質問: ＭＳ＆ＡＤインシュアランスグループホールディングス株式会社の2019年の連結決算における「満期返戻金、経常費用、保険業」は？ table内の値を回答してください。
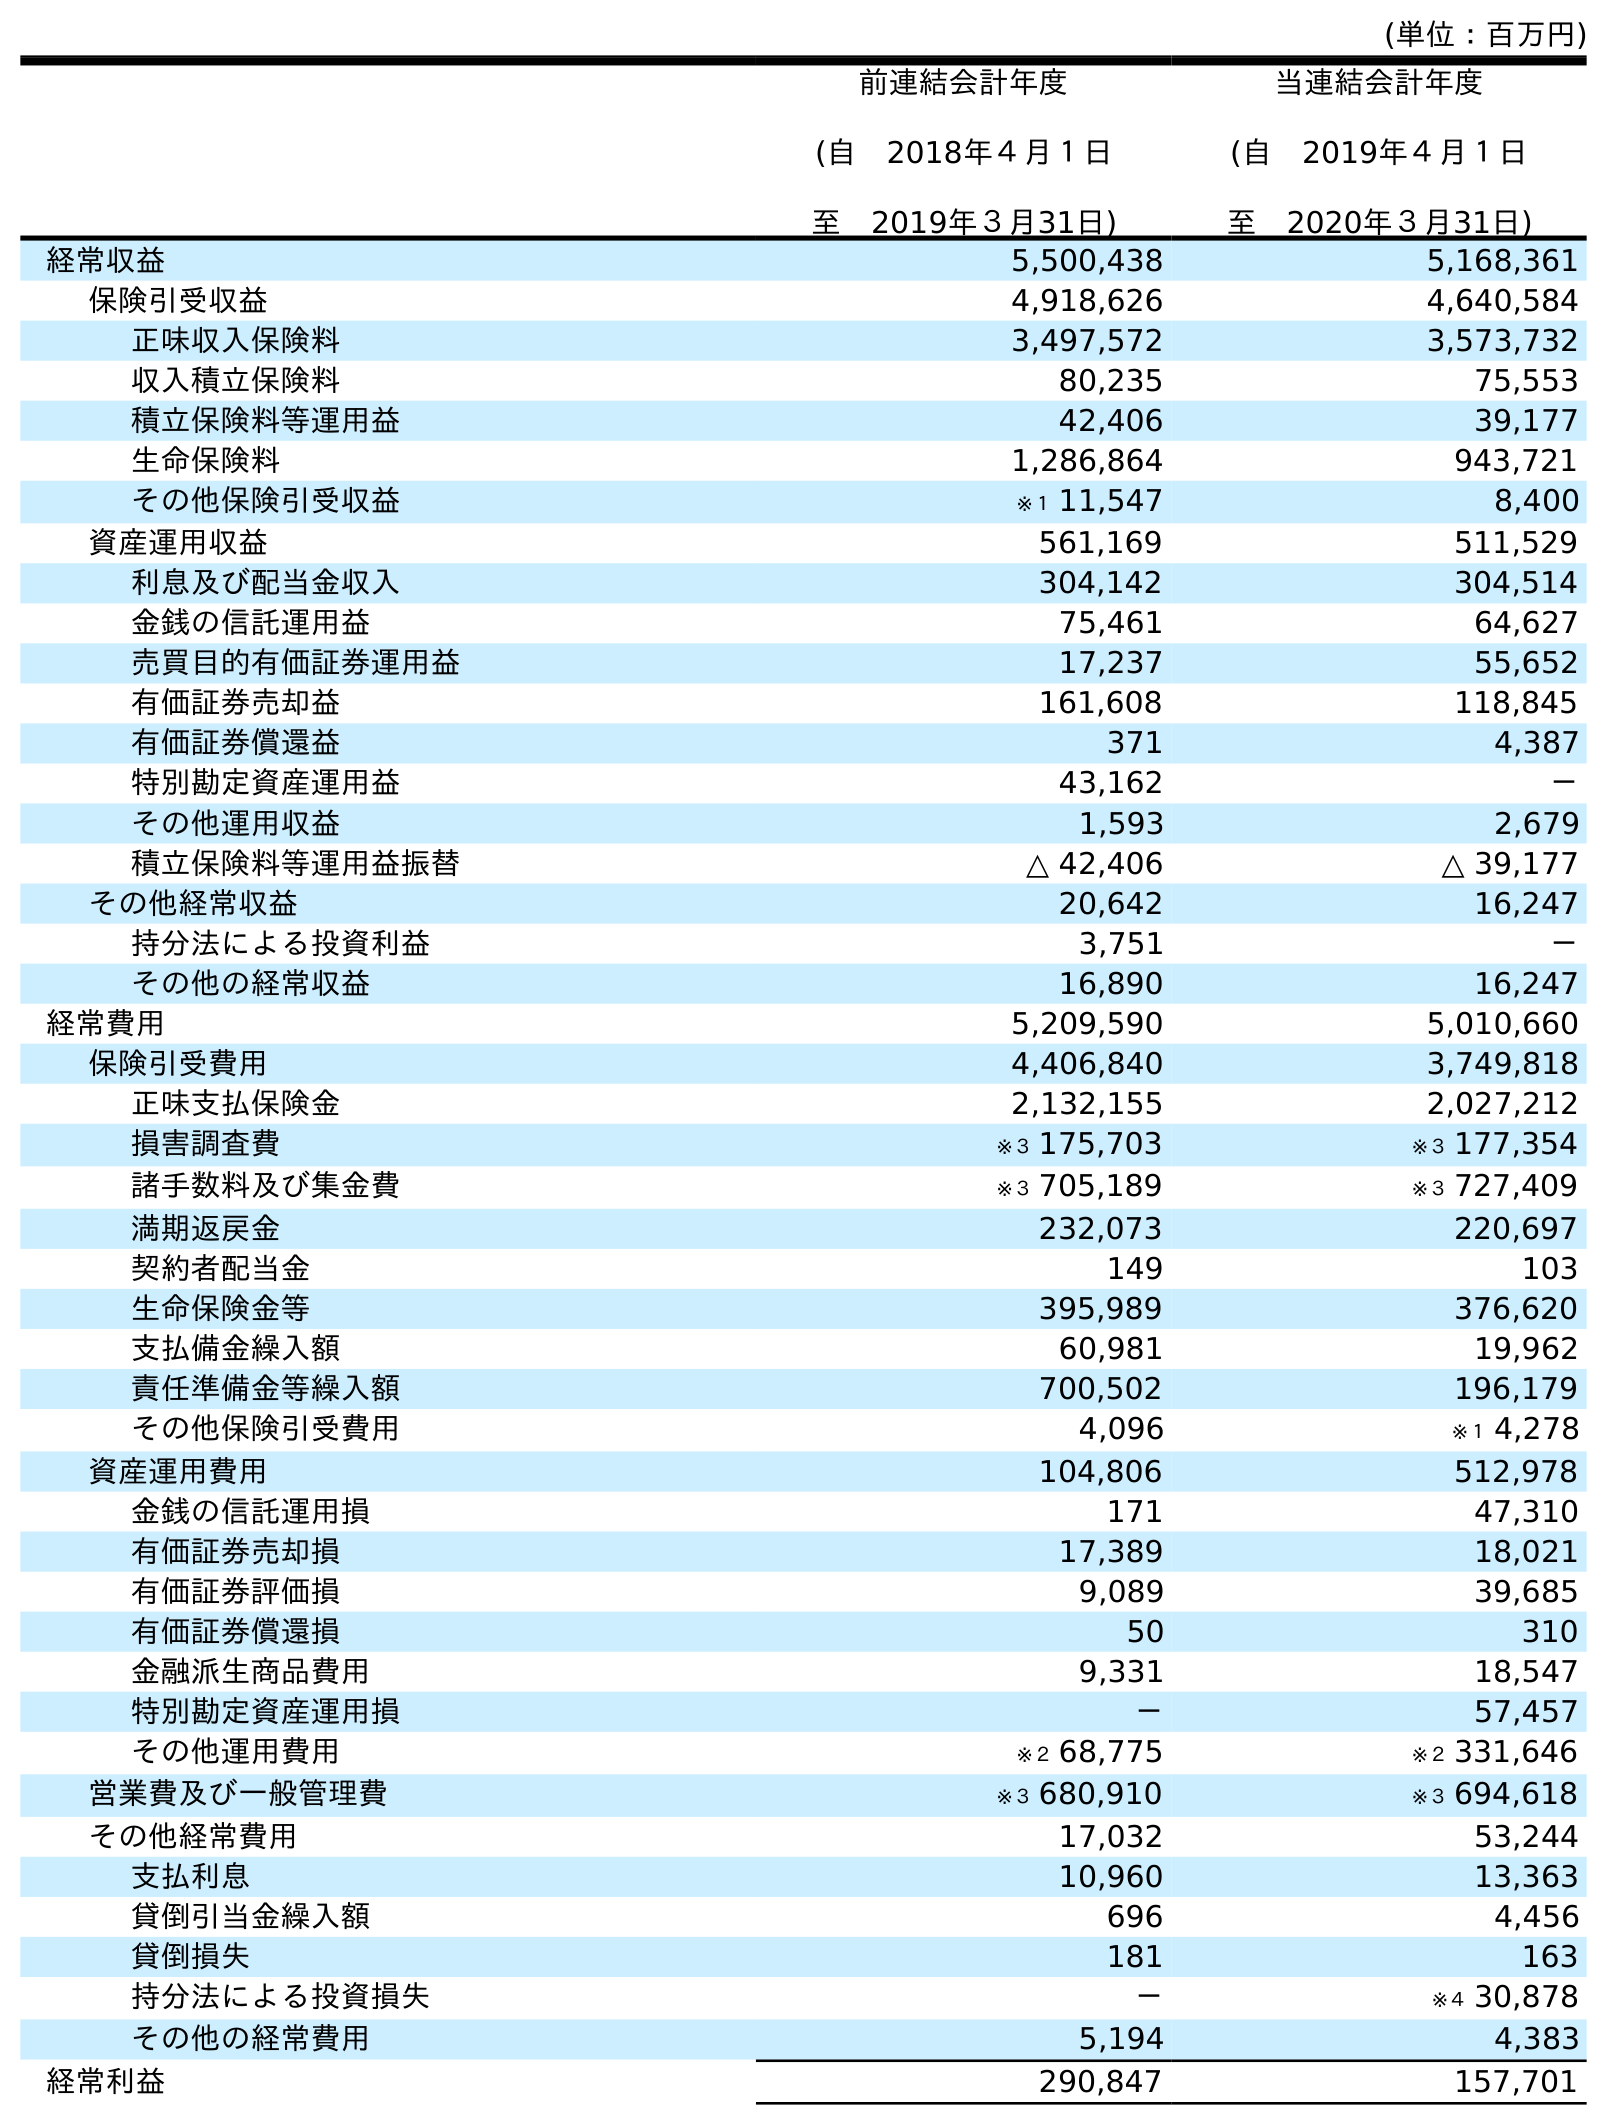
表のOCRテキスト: (単位：百万円) 前連結会計年度 (自 2018年４月１日 至 2019年３月31日) 当連結会計年度 (自 2019年４月１日 至 2020年３月31日) 経常収益 5,500,438 5,168,361 保険引受収益 4,918,626 4,640,584 正味収入保険料 3,497,572 3,573,732 収入積立保険料 80,235 75,553 積立保険料等運用益 42,406 39,177 生命保険料 1,286,864 943,721 その他保険引受収益 ※１ 11,547 8,400 資産運用収益 561,169 511,529 利息及び配当金収入 304,142 304,514 金銭の信託運用益 75,461 64,627 売買目的有価証券運用益 17,237 55,652 有価証券売却益 161,608 118,845 有価証券償還益 371 4,387 特別勘定資産運用益 43,162 － その他運用収益 1,593 2,679 積立保険料等運用益振替 △ 42,406 △ 39,177 その他経常収益 20,642 16,247 持分法による投資利益 3,751 － その他の経常収益 16,890 16,247 経常費用 5,209,590 5,010,660 保険引受費用 4,406,840 3,749,818 正味支払保険金 2,132,155 2,027,212 損害調査費 ※３ 175,703 ※３ 177,354 諸手数料及び集金費 ※３ 705,189 ※３ 727,409 満期返戻金 232,073 220,697 契約者配当金 149 103 生命保険金等 395,989 376,620 支払備金繰入額 60,981 19,962 責任準備金等繰入額 700,502 196,179 その他保険引受費用 4,096 ※１ 4,278 資産運用費用 104,806 512,978 金銭の信託運用損 171 47,310 有価証券売却損 17,389 18,021 有価証券評価損 9,089 39,685 有価証券償還損 50 310 金融派生商品費用 9,331 18,547 特別勘定資産運用損 － 57,457 その他運用費用 ※２ 68,775 ※２ 331,646 営業費及び一般管理費 ※３ 680,910 ※３ 694,618 その他経常費用 17,032 53,244 支払利息 10,960 13,363 貸倒引当金繰入額 696 4,456 貸倒損失 181 163 持分法による投資損失 － ※４ 30,878 その他の経常費用 5,194 4,383 経常利益 290,847 157,701
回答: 232,073